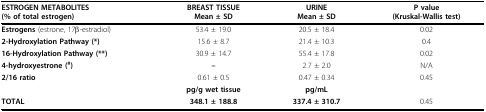
<table><thead><tr><td><b>ESTROGEN METABOLITES(% of total estrogen)</b></td><td><b>BREAST TISSUEMean ± SD</b></td><td><b>URINEMean ± SD</b></td><td><b>P value(Kruskal-Wallis test)</b></td></tr></thead><tbody><tr><td><b>Estrogens </b>(estrone, 17β-estradiol)</td><td>53.4 ± 19.0</td><td>20.5 ± 18.4</td><td>0.02</td></tr><tr><td><b>2-Hydroxylation Pathway (*)</b></td><td>15.6 ± 8.7</td><td>21.4 ± 10.3</td><td>0.4</td></tr><tr><td><b>16-Hydroxylation Pathway (**)</b></td><td>30.9 ± 14.7</td><td>55.4 ± 17.8</td><td>0.02</td></tr><tr><td><b>4-hydroxyestrone (<sup>#</sup>)</b></td><td><b>--</b></td><td>2.7 ± 2.0</td><td>N/A</td></tr><tr><td><b>2/16 ratio</b></td><td>0.61 ± 0.5</td><td>0.47 ± 0.34</td><td>0.45</td></tr><tr><td>[EMPTY_CELL]</td><td><b>pg/g wet tissue</b></td><td><b>pg/mL</b></td><td>[EMPTY_CELL]</td></tr><tr><td><b>TOTAL</b></td><td><b>348.1 ± 188.8</b></td><td><b>337.4 ± 310.7</b></td><td>0.45</td></tr></tbody></table>